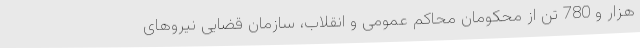
هزار و 780 تن از محکومان محاکم عمومی و انقلاب، سازمان قضایی نیروهای